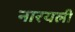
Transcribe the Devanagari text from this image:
नारयली